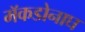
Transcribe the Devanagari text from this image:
मॅकडोनाघ